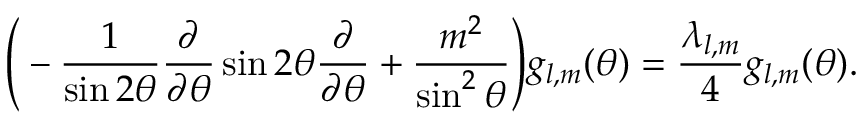
\Bigg ( - \frac { 1 } { \sin { 2 \theta } } \frac { \partial } { \partial \theta } \sin { 2 \theta } \frac { \partial } { \partial \theta } + \frac { m ^ { 2 } } { \sin ^ { 2 } { \theta } } \Bigg ) g _ { l , m } ( \theta ) = \frac { \lambda _ { l , m } } { 4 } g _ { l , m } ( \theta ) .